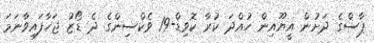
ޕާސްގެ ދަށުން އީޔޫއިން ހުއްދަ ކުރާ ކޮވިޑް-19 ވެކްސިންގެ ދެ ޑޯޒު ޖަހާފައިވާނަމަ